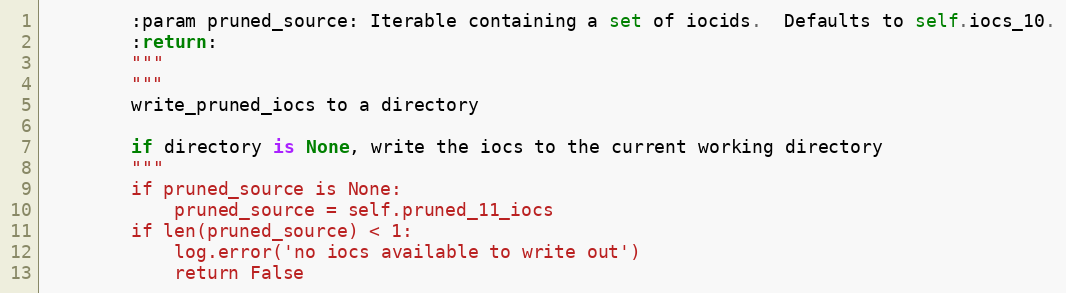
Language: Python
        :param pruned_source: Iterable containing a set of iocids.  Defaults to self.iocs_10.
        :return:
        """
        """
        write_pruned_iocs to a directory

        if directory is None, write the iocs to the current working directory
        """
        if pruned_source is None:
            pruned_source = self.pruned_11_iocs
        if len(pruned_source) < 1:
            log.error('no iocs available to write out')
            return False